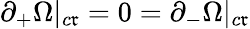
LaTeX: \partial_{+}\Omega|_{c\mathfrak{r}}=0=\partial_{-}\Omega|_{c\mathfrak{r}}